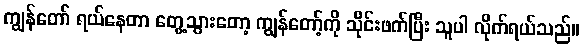
ကျွန်တော် ရယ်နေတာ တွေ့သွားတော့ ကျွန်တော့်ကို သိုင်းဖက်ပြီး သူပါ လိုက်ရယ်သည်။